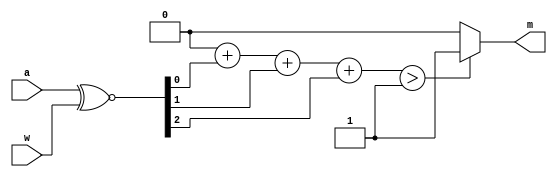
`timescale 1ns / 1ps
module Single_XNORMaj_M(
    	a,
    	w,

    	m
    );
	
	parameter M = 3;
	parameter M_log2 = $clog2(M);

	input [M-1:0] a;
	input [M-1:0] w;
	
	output m;

	wire [M-1:0] x;
	assign x = a ~^ w; 

	reg [M_log2-1:0] sum;
	integer i;
	always @(*) begin
		sum = 0;
		for (i = 0; i < M; i = i + 1)begin
			sum = sum + x[i];
		end
	end

    assign m =  (sum > ((M-1)/2))? 1'b1: 1'b0;
 
endmodule